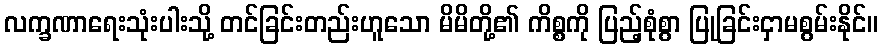
လက္ခဏာရေးသုံးပါးသို့ တင်ခြင်းတည်းဟူသော မိမိတို့၏ ကိစ္စကို ပြည့်စုံစွာ ပြုခြင်းငှာမစွမ်းနိုင်။